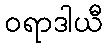
ဝရာဒါယီ